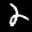
Label: 2